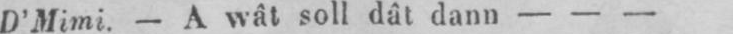
D’Mimi. - A wât soll dât dann - - -